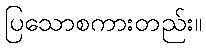
ပြသောစကားတည်း။